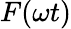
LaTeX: F(\omega t)